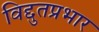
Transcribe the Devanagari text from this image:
विद्दुतप्रभार